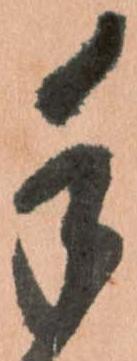
手